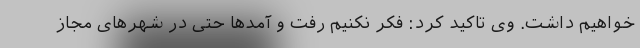
خواهیم داشت. وی تاکید کرد: فکر نکنیم رفت و آمدها حتی در شهرهای مجاز